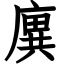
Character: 廙